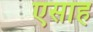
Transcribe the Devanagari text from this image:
एसाह